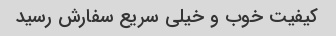
کیفیت خوب و خیلی سریع سفارش رسید